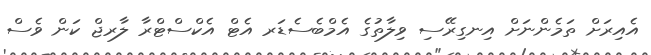
އެއިރަށް ތަމެންނަށް އިނގިރޭސި ވިލާތުގެ އެމްބެސެޑަރ އެޓް އެކްސްޓްރާ ލާރޖް ކަން ވެސް